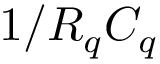
1 / R _ { q } C _ { q }